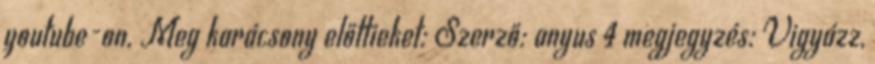
youtube-on. Meg karácsony előttieket: Szerző: anyus 4 megjegyzés: Vigyázz,